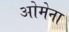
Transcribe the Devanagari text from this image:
ओमेना